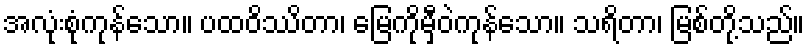
အလုံးစုံကုန်သော။ ပထဝိဿိတာ၊ မြေကိုမှီဝဲကုန်သော။ သရိတာ၊ မြစ်တို့သည်။